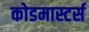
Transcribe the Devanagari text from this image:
कोडमास्टर्स